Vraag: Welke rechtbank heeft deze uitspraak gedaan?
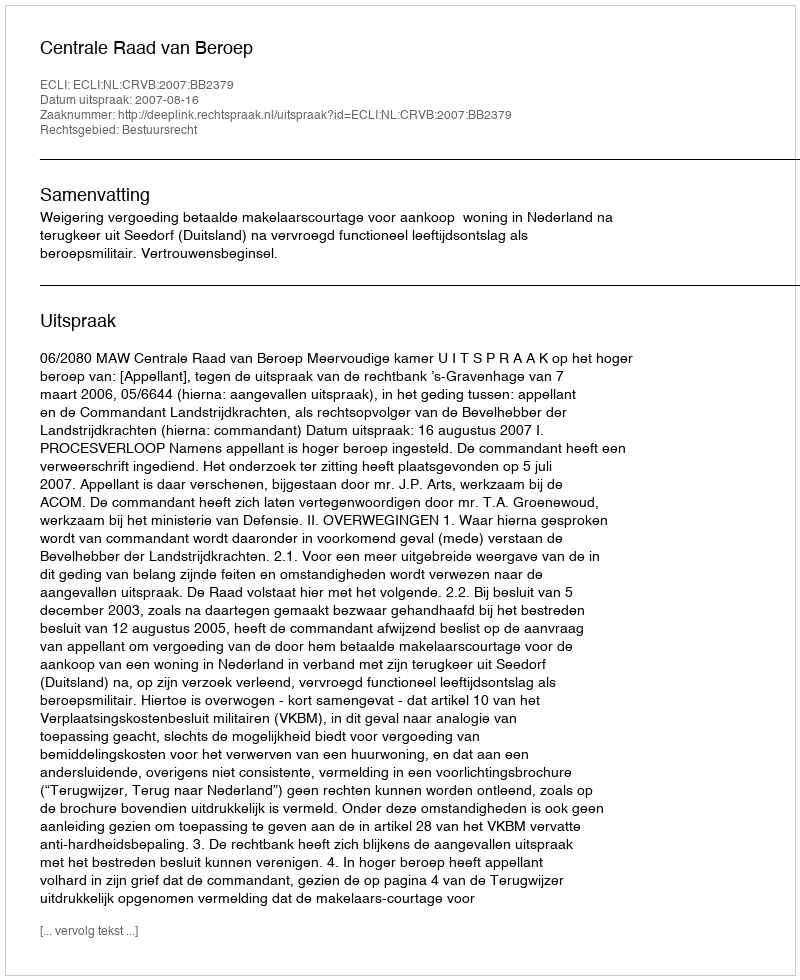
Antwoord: Centrale Raad van Beroep